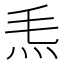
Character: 𤆬